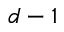
d - 1